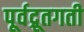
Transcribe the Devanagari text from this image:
पूर्वद्रूतगती